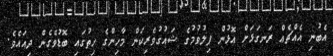
އެބުނި އެއްޗެއް ރަނގަޅަށް އޮޅުން ފިލުވުމުގެ ޝައުގުވެރިކަން މާހިންގެ ހިތުގައި ބޮޑުވެގެން ދިއައެވެ.